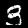
Label: 3